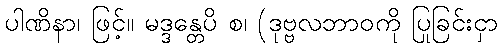
ပါဏိနာ၊ ဖြင့်။ မဒ္ဒန္တေပိ စ၊ (ဒုဗ္ဗလဘာဝကို ပြုခြင်းငှာ